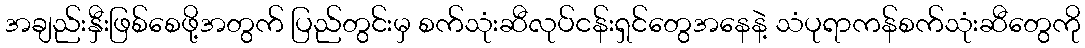
အချည်းနှီးဖြစ်စေဖို့အတွက် ပြည်တွင်းမှ စက်သုံးဆီလုပ်ငန်းရှင်တွေအနေနဲ့ သံပုရာကန်စက်သုံးဆီတွေကို